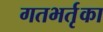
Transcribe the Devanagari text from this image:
गतभर्तृका